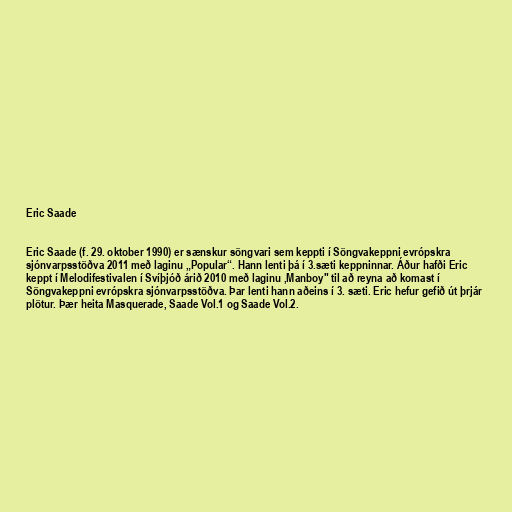
Eric Saade

Eric Saade (f. 29. oktober 1990) er sænskur söngvari sem keppti í Söngvakeppni evrópskra
sjónvarpsstöðva 2011 með laginu „Popular“. Hann lenti þá í 3.sæti keppninnar. Áður hafði Eric
keppt í Melodifestivalen í Svíþjóð árið 2010 með laginu ,Manboy" til að reyna að komast í
Söngvakeppni evrópskra sjónvarpsstöðva. Þar lenti hann aðeins í 3. sæti. Eric hefur gefið út þrjár
plötur. Þær heita Masquerade, Saade Vol.1 og Saade Vol.2.